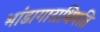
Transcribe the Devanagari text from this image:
भांडागाराधिपति